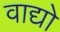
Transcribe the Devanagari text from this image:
वाद्यो